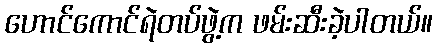
ဟောင်ကောင်ရဲတပ်ဖွဲ့က ဖမ်းဆီးခဲ့ပါတယ်။